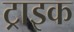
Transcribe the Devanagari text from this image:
ट्राइक